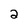
Character: 2